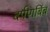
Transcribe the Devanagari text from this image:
दर्पणबिंब